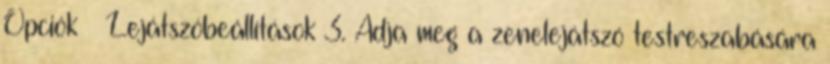
Opciók → Lejátszóbeállítások 3. Adja meg a zenelejátszó testreszabására